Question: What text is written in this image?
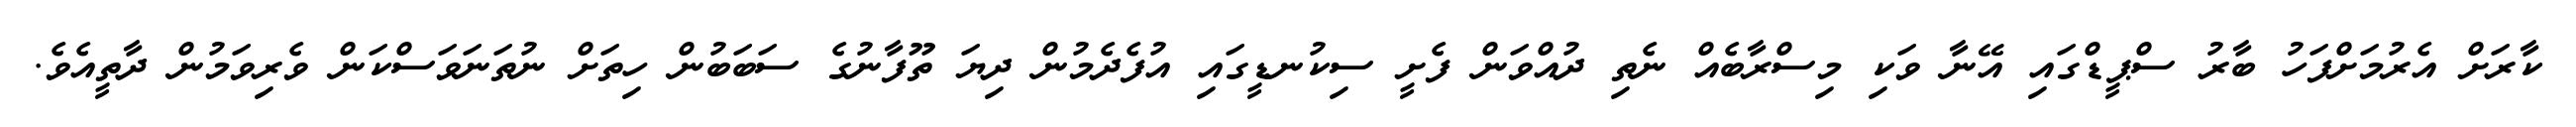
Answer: ކާރަށް އެރުމަށްފަހު ބާރު ސްޕީޑްގައި އޭނާ ވަކި މިސްރާބެއް ނެތި ދުއްވަން ފެށީ ސިކުނޑީގައި އުފެދެމުން ދިޔަ ތޫފާނުގެ ސަބަބުން ހިތަށް ނުތަނަވަސްކަން ވެރިވަމުން ދާތީއެވެ.